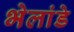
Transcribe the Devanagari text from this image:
भेलांडे